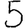
Digit: 5